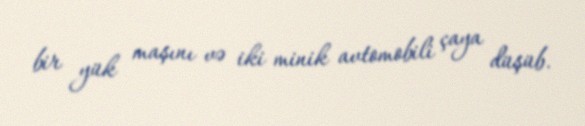
bir yük maşını və iki minik avtomobili çaya düşüb.